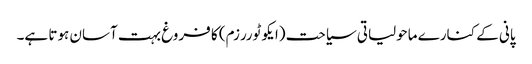
پانی کے کنارے ماحولیاتی سیاحت (ایکو ٹوررزم) کا فروغ بہت آسان ہوتا ہے۔